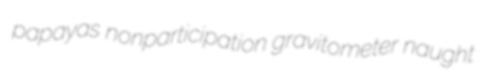
papayas nonparticipation gravitometer naught